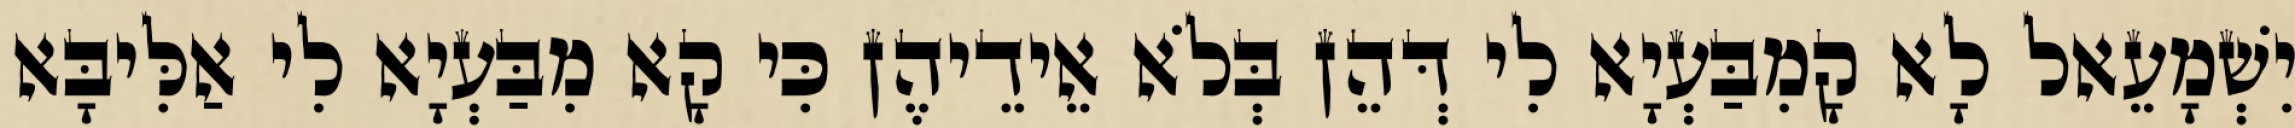
יִשְׁמָעֵאל לָא קָמִבַּעְיָא לִי דְּהֵן בְּלֹא אֵידֵיהֶן כִּי קָא מִבַּעְיָא לִי אַלִּיבָּא